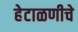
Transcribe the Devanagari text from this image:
हेटाळणीचे